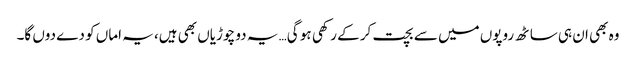
وہ بھی ان ہی ساٹھ روپوں میں سے بچت کر کے رکھی ہو گی… یہ دو چوڑیاں بھی ہیں، یہ اماں کو دے دوں گا۔